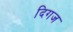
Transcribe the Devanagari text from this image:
दिगज